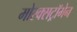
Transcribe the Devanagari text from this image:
मोस्क्सट्रॉमेन